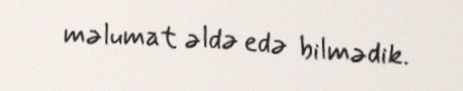
məlumat əldə edə bilmədik.